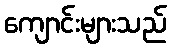
ကျောင်းများသည်